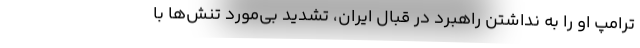
ترامپ او را به نداشتن راهبرد در قبال ایران، تشدید بی‌مورد تنش‌ها با